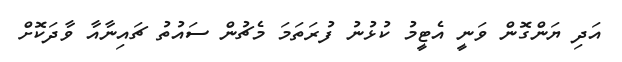
އަދި ޔަންގޮން ވަނީ އެޓީމު ކުޅުނު ފުރަތަމަ މެޗުން ސައުތު ޗައިނާއާ ވާދަކޮށް